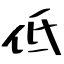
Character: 低